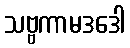
သဗ္ဗကာမဒဒေါ